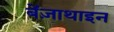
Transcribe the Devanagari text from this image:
बेंज़ाथाइन